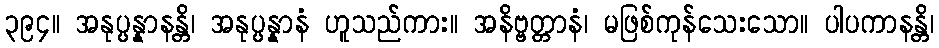
၃၉၄။ အနုပ္ပန္နာနန္တိ၊ အနုပ္ပန္နာနံ ဟူသည်ကား။ အနိဗ္ဗတ္တာနံ၊ မဖြစ်ကုန်သေးသော။ ပါပကာနန္တိ၊